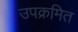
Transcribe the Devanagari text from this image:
उपक्रमित